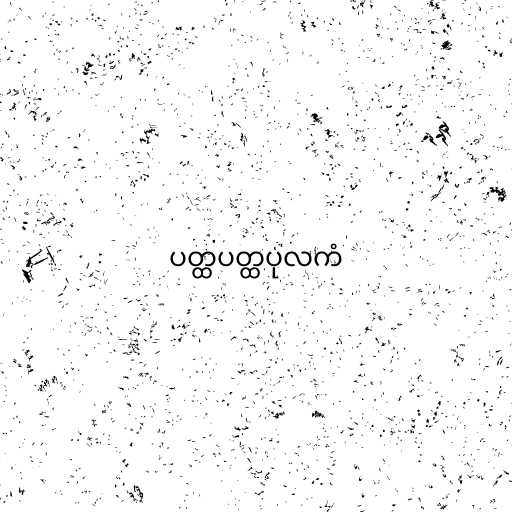
ပတ္ထပတ္ထပုလကံ